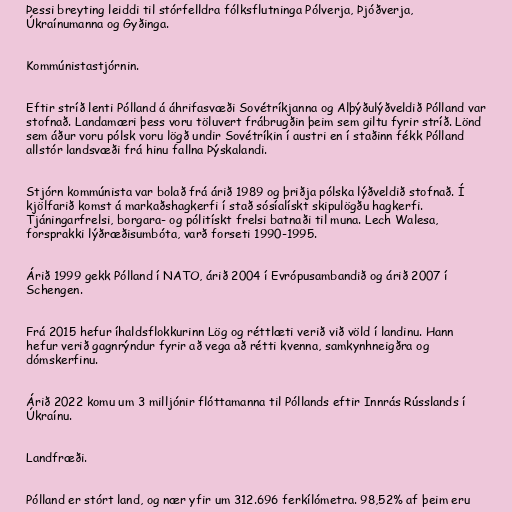
Þessi breyting leiddi til stórfelldra fólksflutninga Pólverja, Þjóðverja,
Úkraínumanna og Gyðinga.

Kommúnistastjórnin.

Eftir stríð lenti Pólland á áhrifasvæði Sovétríkjanna og Alþýðulýðveldið Pólland var
stofnað. Landamæri þess voru töluvert frábrugðin þeim sem giltu fyrir stríð. Lönd
sem áður voru pólsk voru lögð undir Sovétríkin í austri en í staðinn fékk Pólland
allstór landsvæði frá hinu fallna Þýskalandi.

Stjórn kommúnista var bolað frá árið 1989 og þriðja pólska lýðveldið stofnað. Í
kjölfarið komst á markaðshagkerfi í stað sósíalískt skipulögðu hagkerfi.
Tjáningarfrelsi, borgara- og pólitískt frelsi batnaði til muna. Lech Walesa,
forsprakki lýðræðisumbóta, varð forseti 1990-1995.

Árið 1999 gekk Pólland í NATO, árið 2004 í Evrópusambandið og árið 2007 í
Schengen.

Frá 2015 hefur íhaldsflokkurinn Lög og réttlæti verið við völd í landinu. Hann
hefur verið gagnrýndur fyrir að vega að rétti kvenna, samkynhneigðra og
dómskerfinu.

Árið 2022 komu um 3 milljónir flóttamanna til Póllands eftir Innrás Rússlands í
Úkraínu.

Landfræði.

Pólland er stórt land, og nær yfir um 312.696 ferkílómetra. 98,52% af þeim eru